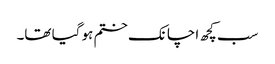
سب کچھ اچانک ختم ہو گیا تھا۔